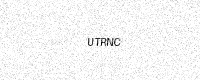
Text: UTRNC